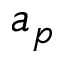
a _ { p }